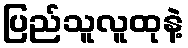
ပြည်သူလူထုနဲ့